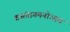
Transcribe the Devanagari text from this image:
वसंतागमनोत्सव